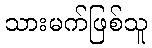
သားမက်ဖြစ်သူ